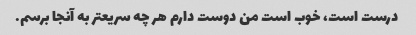
درست است، خوب است من دوست دارم هر چه سریعتر به آنجا برسم.